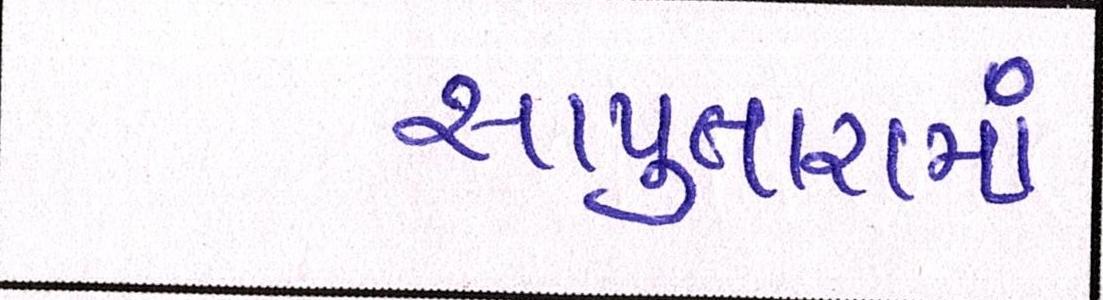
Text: સાપુતારામાં